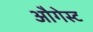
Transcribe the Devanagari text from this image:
औगेस्ट